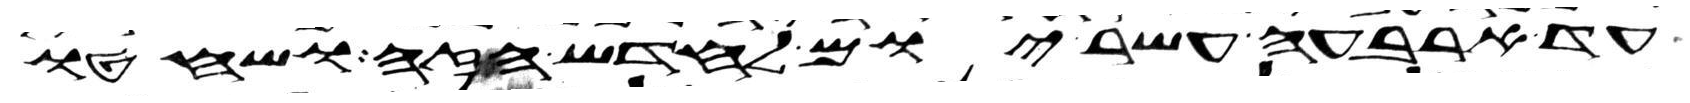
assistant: עד ארבעה עשר יום לחדש הזה ושחטו